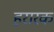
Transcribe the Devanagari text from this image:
हरारक